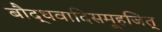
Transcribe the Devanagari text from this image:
बौद्धवादिसमूहजित्